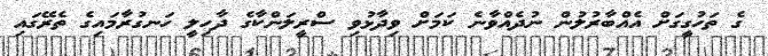
ގެ ތަހުގީގަށް އެއްބާރުލުން ނުދެއްވާނެ ކަމަށް ވިދާޅުވި ސްރީލަންކާގެ ދާހިލީ ހަނގުރާމައިގެ ތެރޭގައި